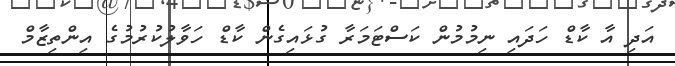
އަދި އާ ކާޑް ހަދައި ނިމުމުން ކަސްޓަމަރާ ގުޅައިގެން ކާޑް ހަވާލުކުރުމުގެ އިންތިޒާމް